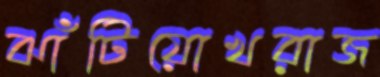
ঝাঁটিয়োখরাজ